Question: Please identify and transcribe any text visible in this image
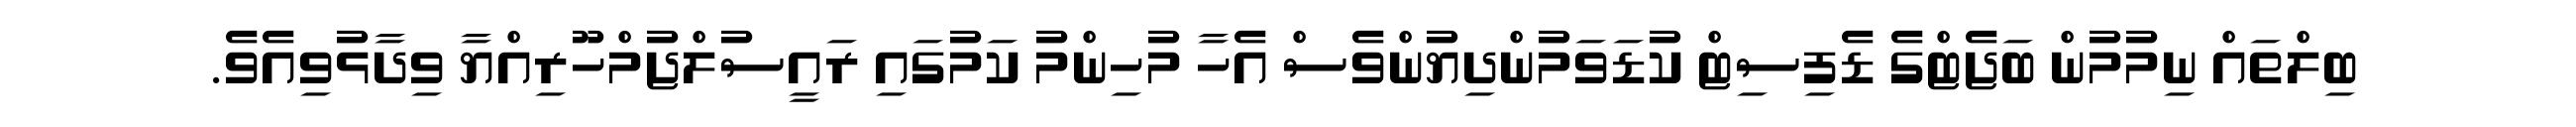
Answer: ބިލްތައް ނިމުމުން ބަޖެޓްގެ ޑެފިސިޓް ކުޑަވަމުންދިޔުންވެސް އެހާ މުހިންމު ކަމުގައި ރައީސުލްޖުމްހޫރިއްޔާ ވިދާޅުވިއެވެ.